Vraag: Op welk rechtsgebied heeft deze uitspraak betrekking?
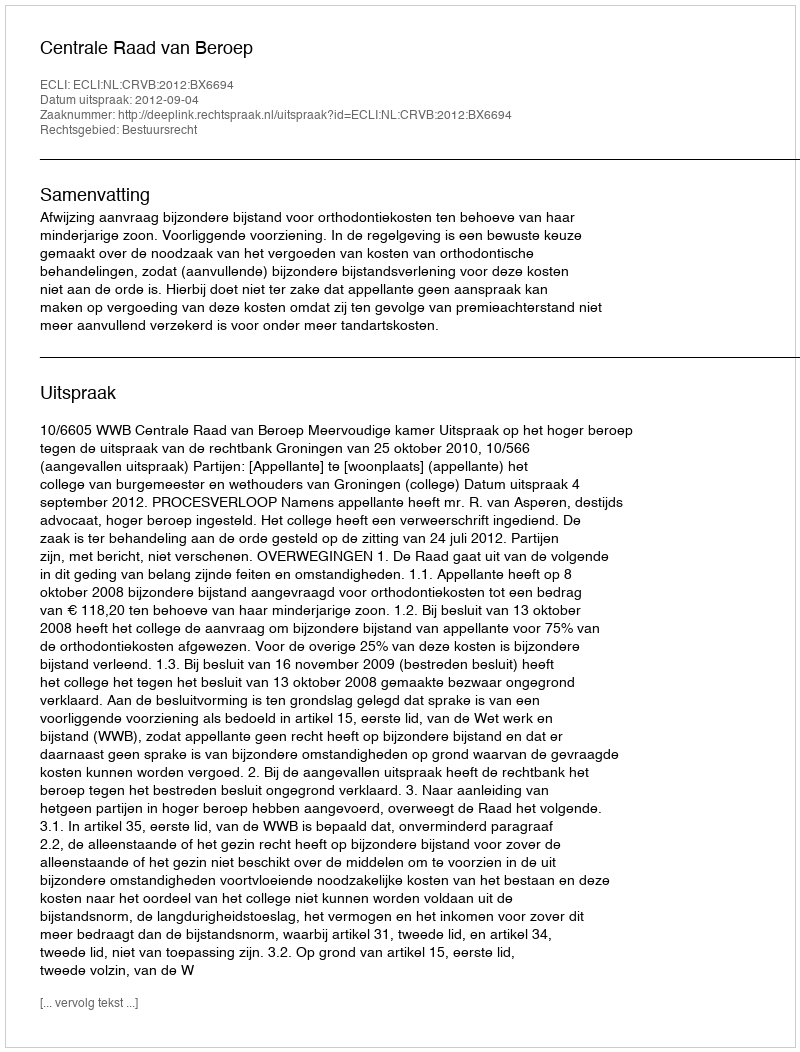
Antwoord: Bestuursrecht